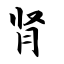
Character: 肾